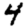
Digit: 4